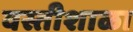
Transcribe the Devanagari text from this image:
वस्तीशाळा